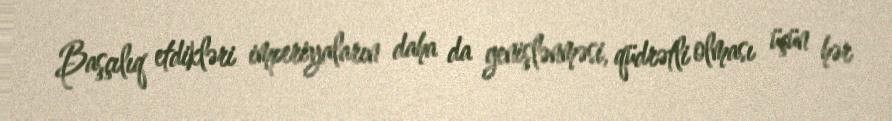
Başçılıq etdikləri imperiyaların daha da genişlənməsi, qüdrətli olması üçün hər